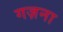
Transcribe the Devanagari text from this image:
गज़ना